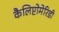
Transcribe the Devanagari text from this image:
कैलिप्टोमेरिडी